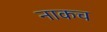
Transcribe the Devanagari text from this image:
नाकच